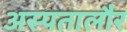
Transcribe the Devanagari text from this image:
अस्पतालौर